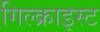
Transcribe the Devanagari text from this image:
गिल्क्राइस्ट